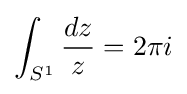
\int _{S^{1}}{\frac {dz}{z}}=2\pi i